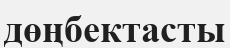
дөңбектасты